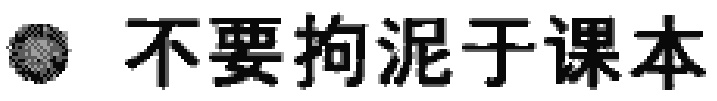
不要拘泥于课本